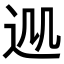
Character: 𨒁